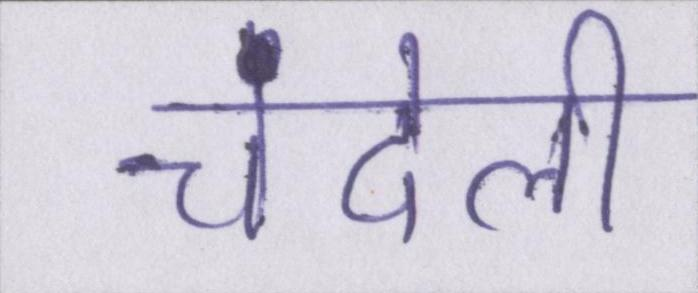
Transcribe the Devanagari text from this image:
चंदेली